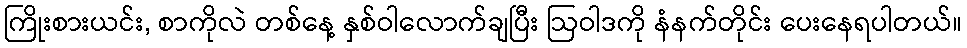
ကြိုးစားယင်း, စာကိုလဲ တစ်နေ့ နှစ်ဝါလောက်ချပြီး ဩဝါဒကို နံနက်တိုင်း ပေးနေရပါတယ်။